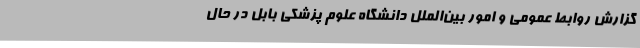
گزارش روابط‌ عمومی و امور بین‌الملل دانشگاه علوم پزشکی بابل در حال